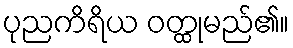
ပုညကိရိယ ဝတ္ထုမည်၏။